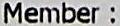
MEMBER :